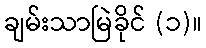
ချမ်းသာမြဲခိုင် (၁)။